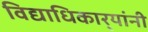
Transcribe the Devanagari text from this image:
विद्याधिकार्‍यांनी